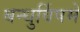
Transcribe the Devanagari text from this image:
बन्धुर्विषमे